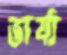
ভার্যা